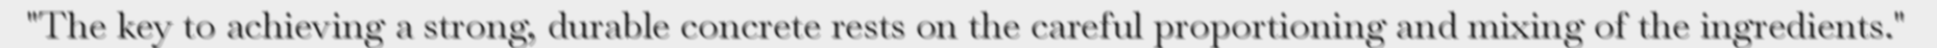
"The key to achieving a strong, durable concrete rests on the careful proportioning and mixing of the ingredients."